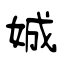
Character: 娍